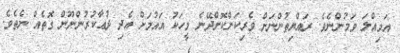
އަމިއްލަ ވަމުންނެވެ. ރައްޔިތުންނަށް ވެރިކަންކޮށްދޭނެ މީހަކު އައުމަށް އެދި ދުޢާކުރުންނޫން ގޮތެއް ނެތެވެ.